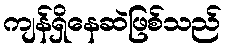
ကျန်ရှိနေဆဲဖြစ်သည်